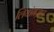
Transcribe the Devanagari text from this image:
लियांगज़ाउ